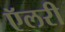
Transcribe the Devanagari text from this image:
ऍलरी